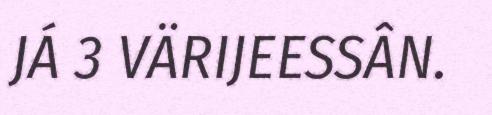
JÁ 3 VÄRIJEESSÂN.